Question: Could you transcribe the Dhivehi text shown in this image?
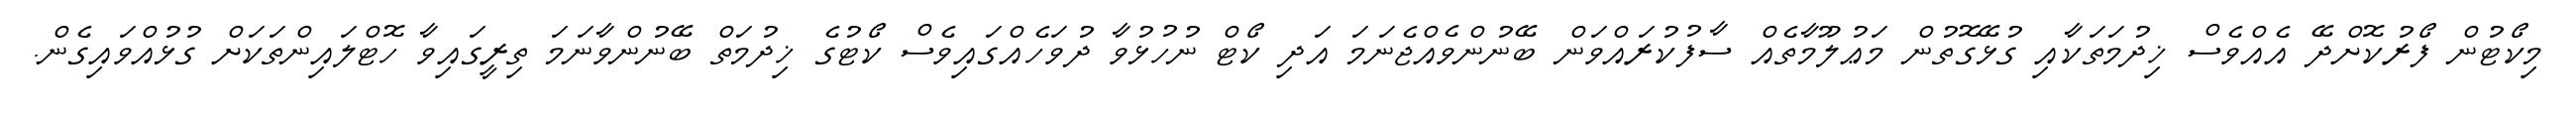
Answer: މިކޯޓުން ފޯރުކޮށްދޭ އެއްވެސް ޚިދުމަތަކާއި ގުޅޭގޮތުން މަޢުލޫމާތެއް ސާފުކުރައްވަން ބޭނުންވެއްޖެނަމަ އަދި ކޯޓް ނުހުޅުވާ ދުވަހެއްގައިވެސް ކޯޓުގެ ޚިދުމަތް ބޭނުންވާނަމަ ތިރީގައިވާ ހޮޓްލައިންތަކަށް ގުޅުއްވައިގެން.